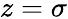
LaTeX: z=\sigma